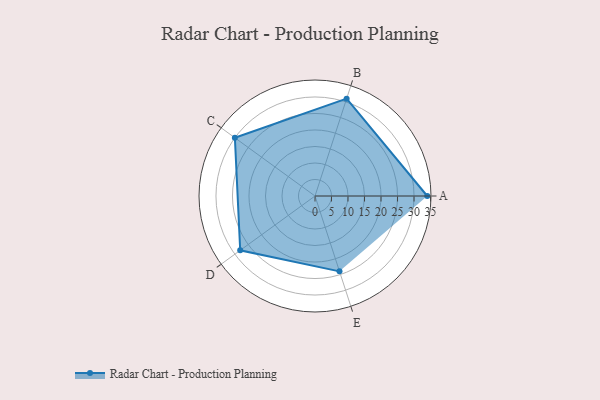
{"axis": {"x": "Skill", "y": "Score"}, "legend": ["Profile"], "data": [{"x": "A", "y": 34.0, "type": "Profile"}, {"x": "B", "y": 31.0, "type": "Profile"}, {"x": "C", "y": 30.0, "type": "Profile"}, {"x": "D", "y": 28.0, "type": "Profile"}, {"x": "E", "y": 24.0, "type": "Profile"}]}